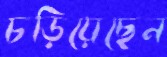
চড়িয়েছেন